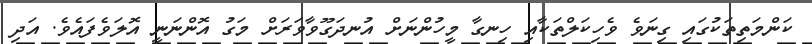
ކަންމަތިތަކުގައި ގިނަވެ ވެހިކަލްތަކާއި ހިނގާ މީހުންނަށް އުނދަގޫވާވަރަށް މަގު އޮންނަނީ އޮލަވެފައެވެ. އަދި